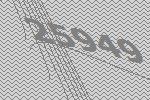
25949